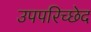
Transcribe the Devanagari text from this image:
उपपरिच्छेद